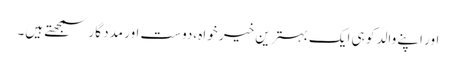
اور اپنے والد کو ہی ایک بہترین خیر خواہ ،دوست اور مدد گار سمجھتے ہیں۔